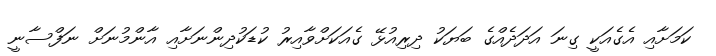
ކަމަށާއި އެގެއަކީ ގިނަ އަދަދެއްގެ ބަޔަކު ދިރިއުޅޭ ގެއަކަށްވާއިރު ކުޑަކުދިންނަށާއި އާންމުނަށް ނަފްސާނީ